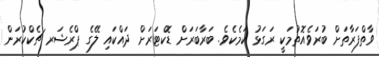
ވާތްފަރާތަށް ބުރަވެއޮތުމަކީ ރަގަޅު ކަމެކެވެ. ބަރާބަރަށް ޑޮކްޓަރަށް ދައްކައި ލޭގެ ޕްރެޝަރ ޗެކްކުރަން